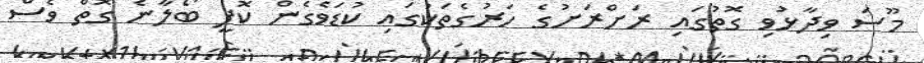
މޫސަ ވިދާޅުވި ގޮތުގައި ރަށްރަށުގެ ހަރުގެތަކުގައި ކުޑަވެގެން ކޮފީ ބޯލާނެ ގޮތް ވެސް